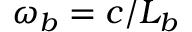
\omega _ { b } = c / L _ { b }